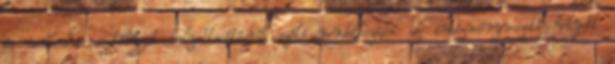
és működési szabályzat helyettesítésről szóló rendelkezései az intézményvezető helyett